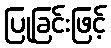
ပြုခြင်းဖြင့်